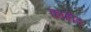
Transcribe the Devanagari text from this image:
काहीद